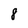
Character: 8